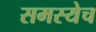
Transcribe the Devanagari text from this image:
समस्येच